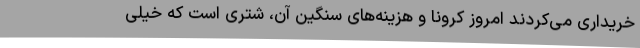
خریداری می‌کردند امروز کرونا و هزینه‌های سنگین آن، شتری است که خیلی